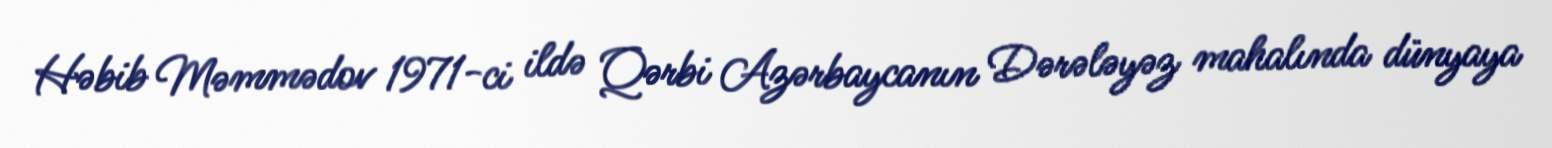
Həbib Məmmədov 1971-ci ildə Qərbi Azərbaycanın Dərələyəz mahalında dünyaya